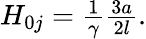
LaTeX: \begin{array}{r}{H_{0j}=\frac{1}{\gamma}\frac{3a}{2l}.}\end{array}